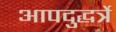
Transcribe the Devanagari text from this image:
आपदुद्धर्त्रे